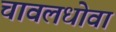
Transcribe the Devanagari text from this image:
चावलधोवा